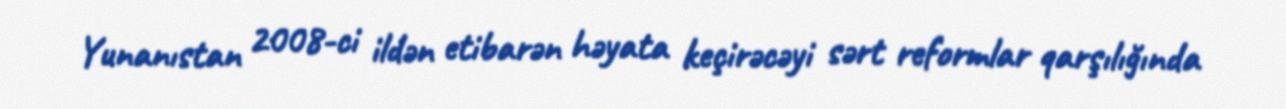
Yunanıstan 2008-ci ildən etibarən həyata keçirəcəyi sərt reformlar qarşılığında